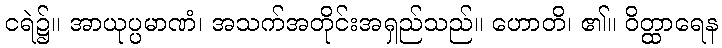
ငရဲ၌။ အာယုပ္ပမာဏံ၊ အသက်အတိုင်းအရှည်သည်။ ဟောတိ၊ ၏။ ဝိတ္ထာရေန